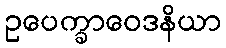
ဥပေက္ခာဝေဒနိယာ